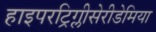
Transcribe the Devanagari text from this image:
हाइपरट्रिग्लीसेरीडेमिया